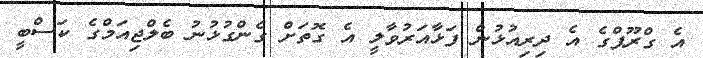
އެ ގްރޫޕްގެ އެ ދިރިއުޅުން ފަޅާއަރުވާލީ އެ ގޮތަށް ގެންގުޅުނު ބެލްޖިއަމްގެ ކަސްބީ